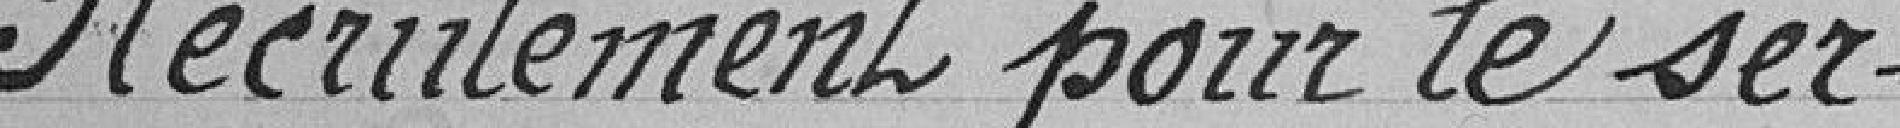
Recrutement pour le ser-